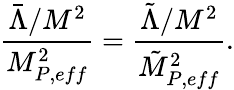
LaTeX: \frac{\bar{\Lambda}/M^{2}}{M_{P,eff}^{2}}=\frac{\tilde{\Lambda}/M^{2}}{\tilde{M}_{P,eff}^{2}}.